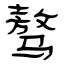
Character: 骜